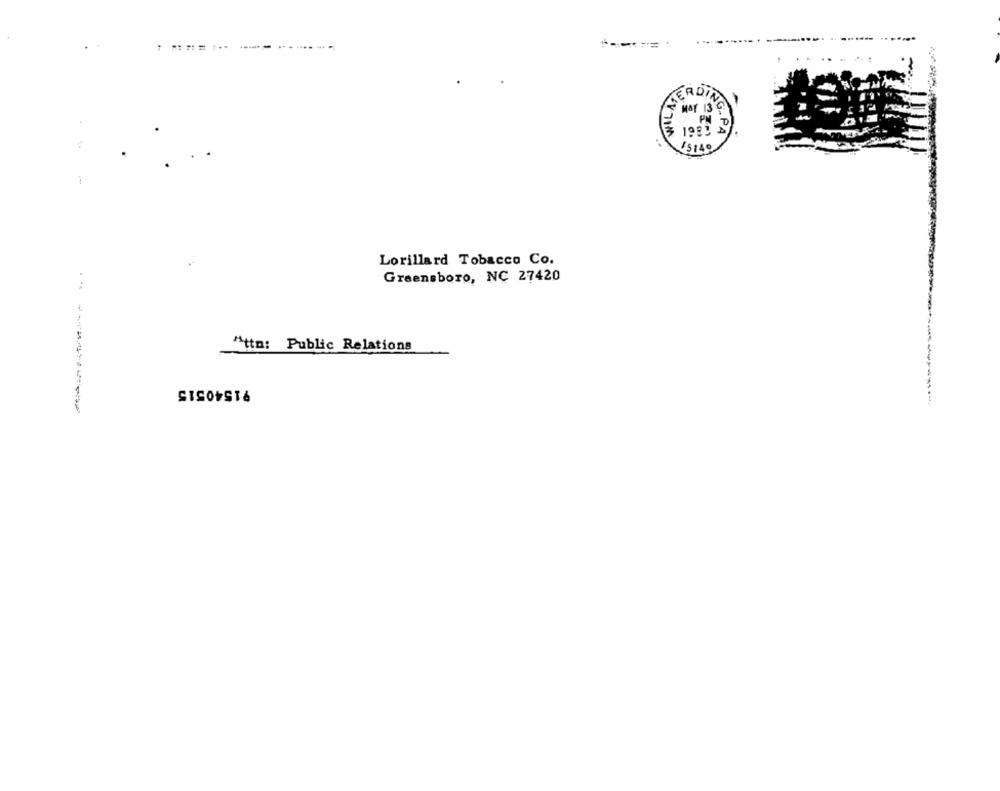
===...
----- .......
1.
15149
Lorillard Tobacco Co.
Greensboro, NC 27420
Attn: Public Relations
91540515
----------